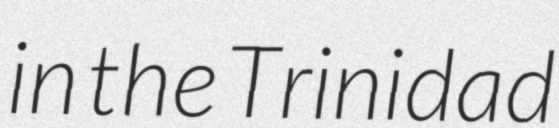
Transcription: in the Trinidad